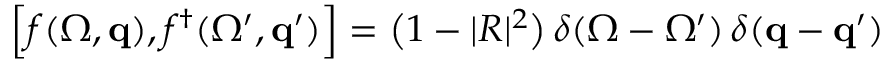
\Big [ f ( \Omega , { \bf q } ) , f ^ { \dagger } ( \Omega ^ { \prime } , { \bf q } ^ { \prime } ) \Big ] = \big ( 1 - | R | ^ { 2 } \big ) \, \delta ( \Omega - \Omega ^ { \prime } ) \, \delta ( { \bf q } - { \bf q } ^ { \prime } )